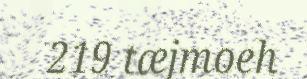
219 tæjmoeh